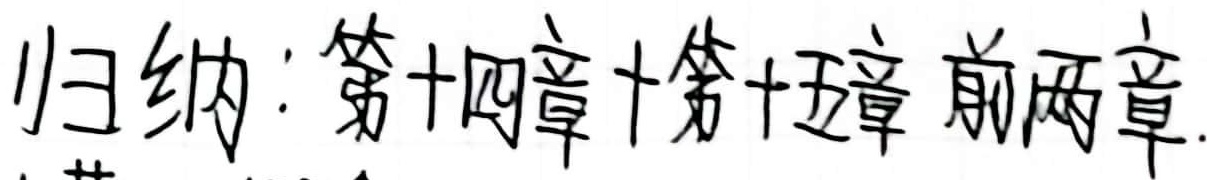
归纳：第十四章 + 第十五章 前两章